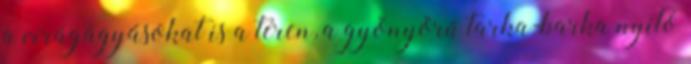
a virágágyásokat is a téren, a gyönyörű tarka-barka nyíló